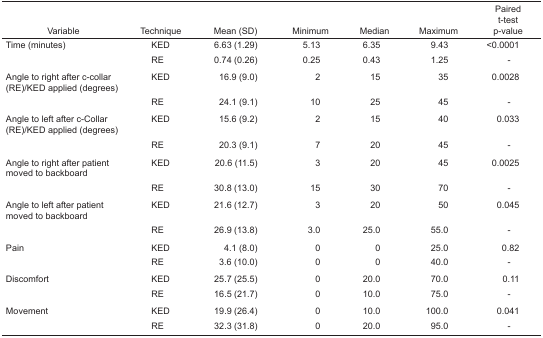
| Variable | Technique | Mean (SD) | Minimum | Median | Maximum | Paired t-test p-value |
 | --- | --- | --- | --- | --- | --- | --- |
 | Time (minutes) | KED | 6.63 (1.29) | 5.13 | 6.35 | 9.43 | <0.0001 |
 |  | RE | 0.74 (0.26) | 0.25 | 0.43 | 1.25 | - |
 | Angle to right after c-collar (RE)/KED applied (degrees) | KED | 16.9 (9.0) | 2 | 15 | 35 | 0.0028 |
 |  | RE | 24.1 (9.1) | 10 | 25 | 45 | - |
 | Angle to left after c-Collar (RE)/KED applied (degrees) | KED | 15.6 (9.2) | 2 | 15 | 40 | 0.033 |
 |  | RE | 20.3 (9.1) | 7 | 20 | 45 | - |
 | Angle to right after patient moved to backboard | KED | 20.6 (11.5) | 3 | 20 | 45 | 0.0025 |
 |  | RE | 30.8 (13.0) | 15 | 30 | 70 | - |
 | Angle to left after patient moved to backboard | KED | 21.6 (12.7) | 3 | 20 | 50 | 0.045 |
 |  | RE | 26.9 (13.8) | 3.0 | 25.0 | 55.0 | - |
 | Pain | KED | 4.1 (8.0) | 0 | 0 | 25.0 | 0.82 |
 |  | RE | 3.6 (10.0) | 0 | 0 | 40.0 | - |
 | Discomfort | KED | 25.7 (25.5) | 0 | 20.0 | 70.0 | 0.11 |
 |  | RE | 16.5 (21.7) | 0 | 10.0 | 75.0 | - |
 | Movement | KED | 19.9 (26.4) | 0 | 10.0 | 100.0 | 0.041 |
 |  | RE | 32.3 (31.8) | 0 | 20.0 | 95.0 | - |